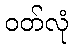
ဝတ်လုံ